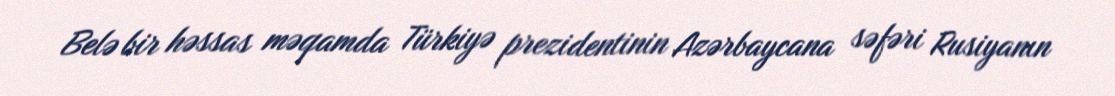
Belə bir həssas məqamda Türkiyə prezidentinin Azərbaycana səfəri Rusiyanın